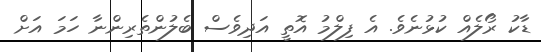
ޑާކު ރޯލެއް ކުޅުނެވެ. އެ ފިލްމު އޮތީ އަދިވެސް ބެލުންތެރިންނާ ހަމަ އަށް